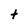
Character: t